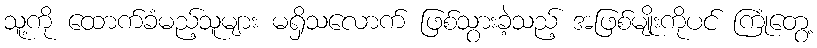
သူ့ကို ထောက်ခံမည့်သူများ မရှိသလောက် ဖြစ်သွားခဲ့သည့် အဖြစ်မျိုးကိုပင် ကြုံတွေ့